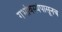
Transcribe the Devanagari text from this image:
गर्भावस्थेपासूनच